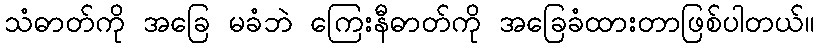
သံဓာတ်ကို အခြေ မခံဘဲ ကြေးနီဓာတ်ကို အခြေခံထားတာဖြစ်ပါတယ်။